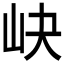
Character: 𱛑